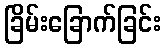
ခြိမ်းခြောက်ခြင်း